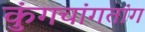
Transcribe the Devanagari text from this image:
कुंगचांगतांग